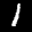
Label: 1